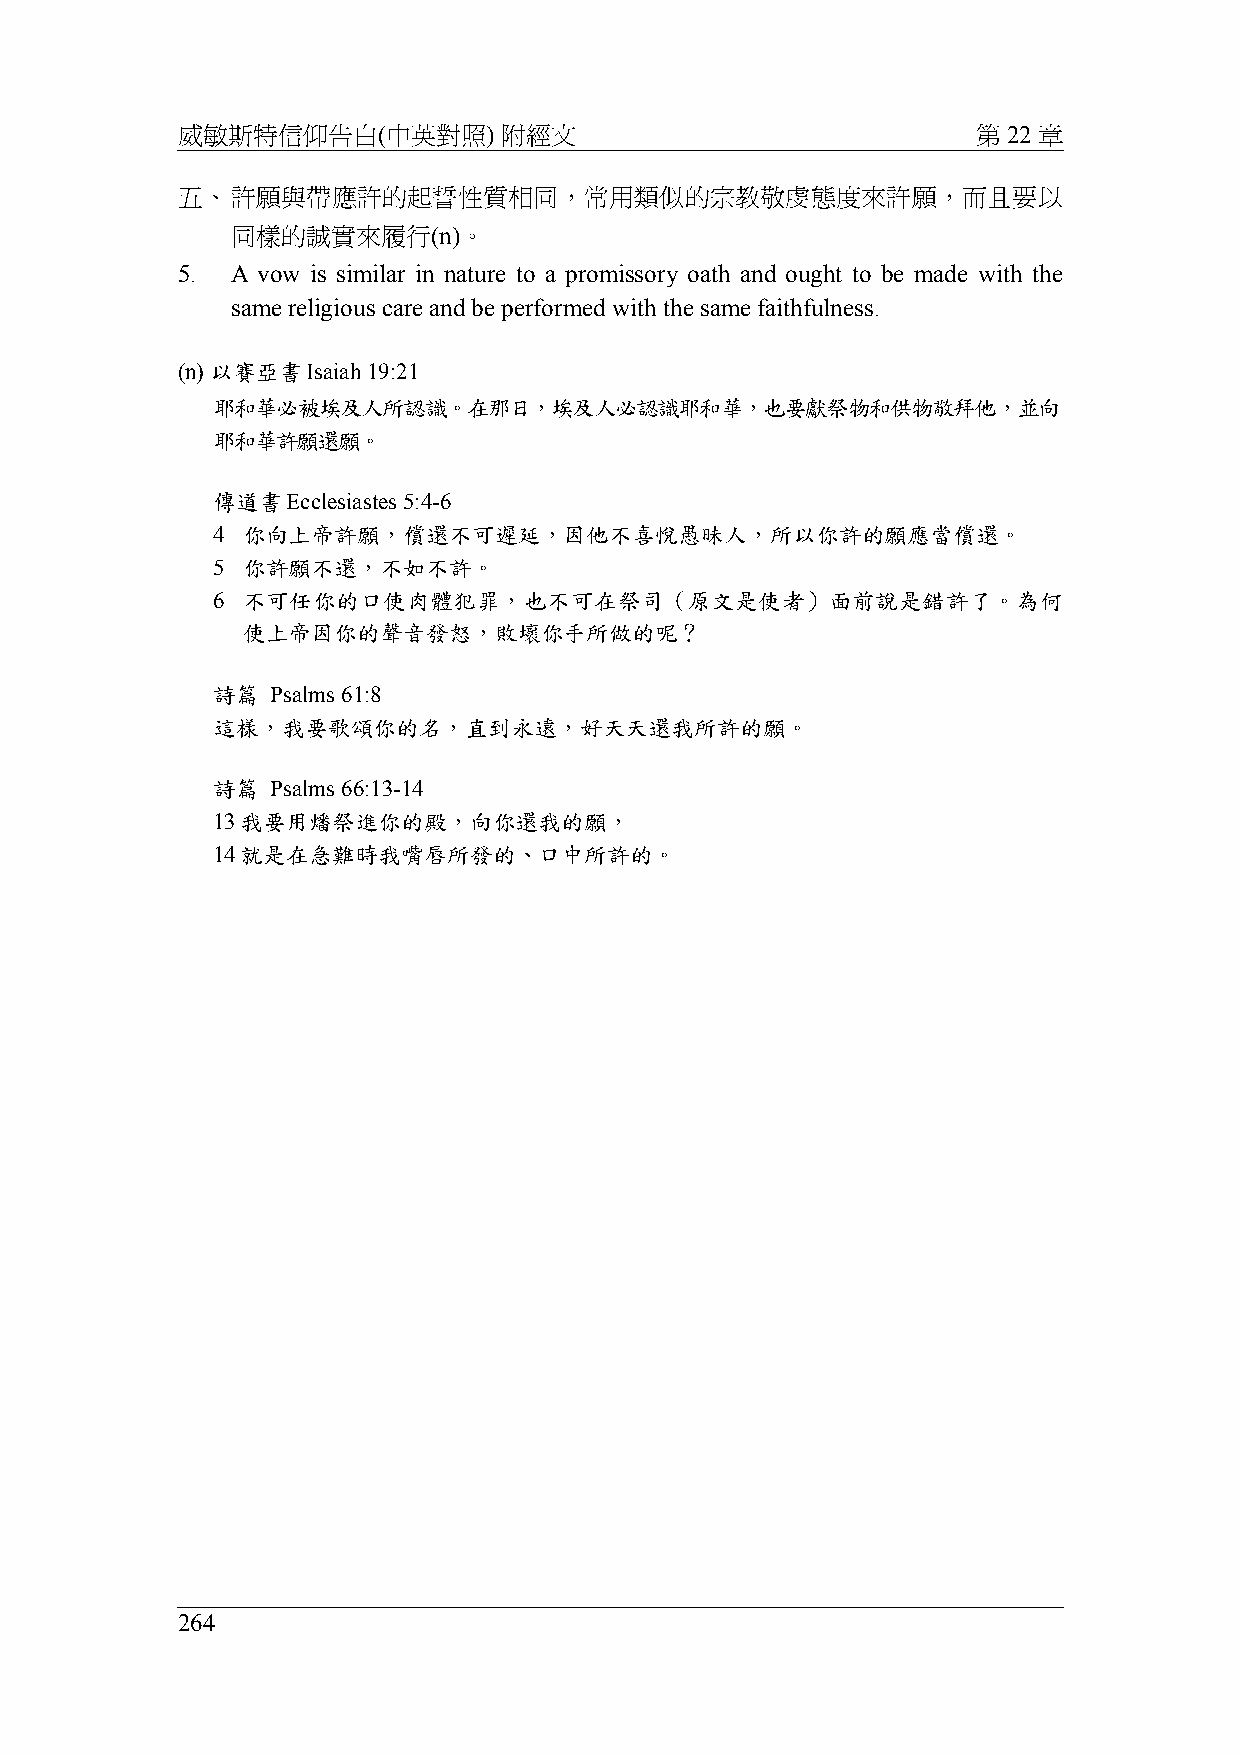
威敏斯特信仰告白(中英對照)       附經文                             第 22 章
 五、許願與帶應許的起誓性質相同，常用類似的宗教敬虔態度來許願，而且要以
 同樣的誠實來履行(n)。
 5. A vow is similar in nature to a promissory oath and ought to be made with the
 same religious care and be performed with the same faithfulness.
 (n) 以賽亞書Isaiah 19:21
 耶和華必被埃及人所認識。在那日，埃及人必認識耶和華，也要獻祭物和供物敬拜他，並向
 耶和華許願還願。
 傳道書Ecclesiastes 5:4-6
 4 你向上帝許願，償還不可遲延，因他不喜悅愚昧人，所以你許的願應當償還。
 5 你許願不還，不如不許。
 6 不可任你的口使肉體犯罪，也不可在祭司（原文是使者）面前說是錯許了。為何
 使上帝因你的聲音發怒，敗壞你手所做的呢？
 詩篇  Psalms 61:8
 這樣，我要歌頌你的名，直到永遠，好天天還我所許的願。
 詩篇  Psalms 66:13-14
 13我要用燔祭進你的殿，向你還我的願，
 14就是在急難時我嘴唇所發的、口中所許的。
 264